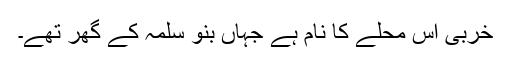
خُرْبیٰ اس محلے کا نام ہے جہاں بنو َسلَمہ کے گھر تھے۔